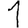
Digit: 1